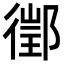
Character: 𨝔